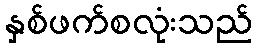
နှစ်ဖက်စလုံးသည်